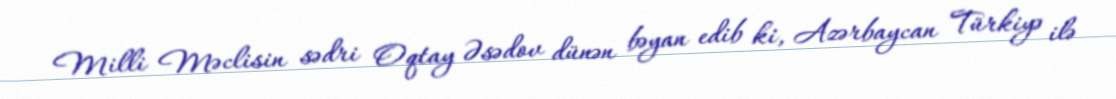
Milli Məclisin sədri Oqtay Əsədov dünən bəyan edib ki, Azərbaycan Türkiyə ilə